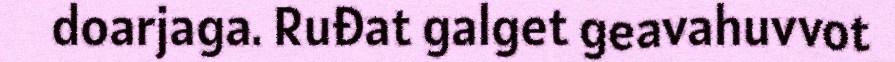
doarjaga. Ruđat galget geavahuvvot